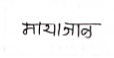
मजकूर: मायाजाळ